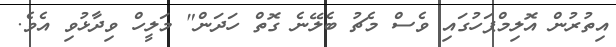
އިތުރުން އޮލިމްޕަހުގައި ވެސް މެޗު ބެލޭނެ ގޮތް ހަދަން" މަލީހް ވިދާޅުވި އެވެ.